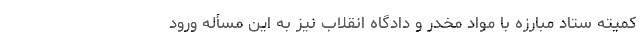
کمیته ستاد مبارزه با مواد مخدر و دادگاه انقلاب نیز به این مسأله ورود